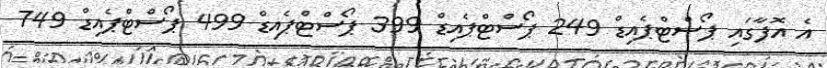
އެ އޮފާގައި ޕޯސްޓްޕެއިޑް 249 ޕޯސްޓްޕެއިޑް 399 ޕޯސްޓްޕެއިޑް 499 ޕޯސްޓްޕެއިޑް 749